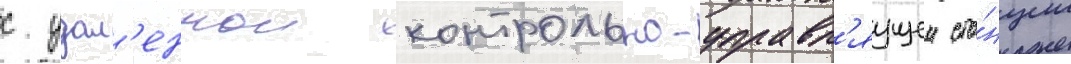
с удал'еннои контрольно-управл'яущеи ста́нции